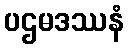
ပဌမဒဿနံ